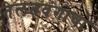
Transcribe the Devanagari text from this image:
तेलतवंगाचा